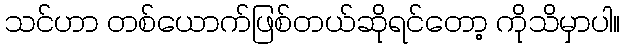
သင်ဟာ တစ်ယောက်ဖြစ်တယ်ဆိုရင်တော့ ကိုသိမှာပါ။